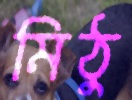
মিঠু